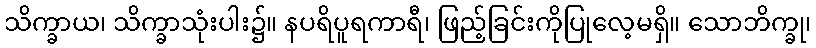
သိက္ခာယ၊ သိက္ခာသုံးပါး၌။ နပရိပူရကာရီ၊ ဖြည့်ခြင်းကိုပြုလေ့မရှိ။ သောဘိက္ခု၊